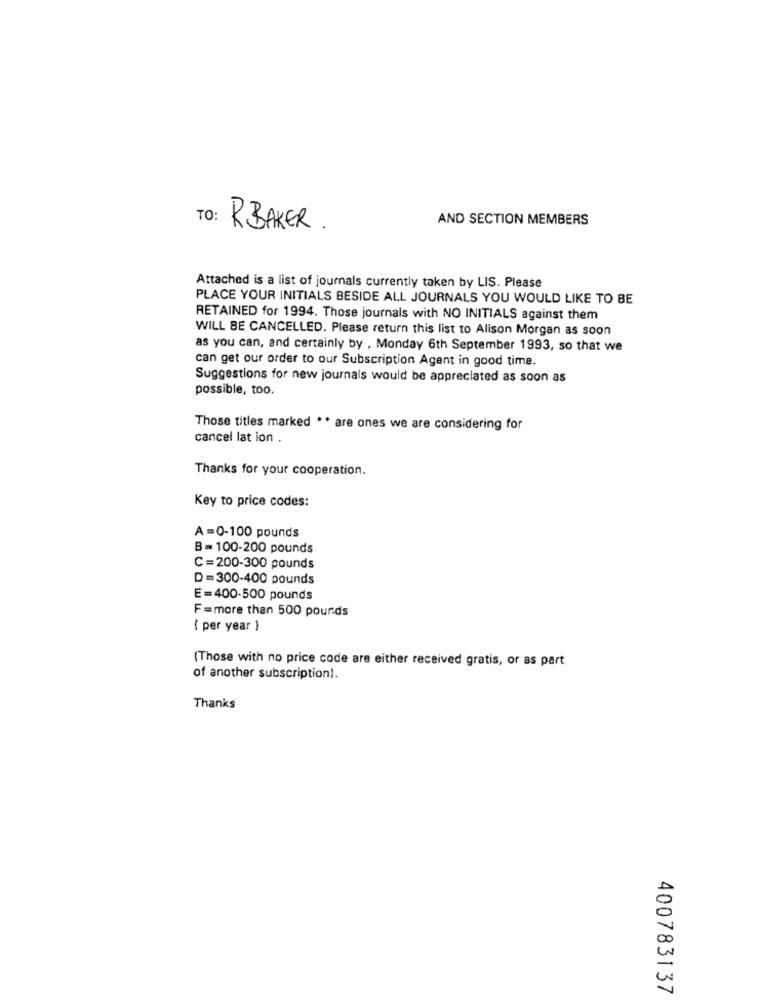
AND SECTION MEMBERS
TO: RBAKER.
Attached is a list of journals currently taken by LIS. Please
PLACE YOUR INITIALS BESIDE ALL JOURNALS YOU WOULD LIKE TO BE
RETAINED for 1994. Those journals with NO INITIALS against them
WILL BE CANCELLED. Please return this list to Alison Morgan as soon
as you can, and certainly by , Monday 6th September 1993, so that we
can get our order to our Subscription Agent in good time.
Suggestions for new journals would be appreciated as soon as
possible, too.
Those titles marked ** are ones we are considering for
cancel lat ion .
Thanks for your cooperation.
Key to price codes:
A =0-100 pounds
B = 100-200 pounds
C =200-300 pounds
D = 300-400 pounds
E =400-500 pounds
F=more than 500 pounds
( per year )
(Those with no price code are either received gratis, or as part
of another subscription !.
Thanks
400783137